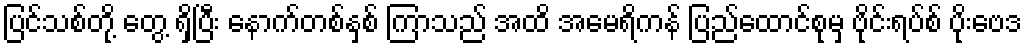
ပြင်သစ်တို့ တွေ့ ရှိပြီး နောက်တစ်နှစ် ကြာသည် အထိ အမေရိကန် ပြည်ထောင်စုမှ ဗိုင်းရပ်စ် ပိုးဗေဒ